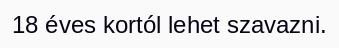
18 éves kortól lehet szavazni.